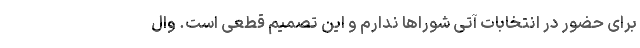
برای حضور در انتخابات آتی شوراها ندارم و این تصمیم قطعی است. وال